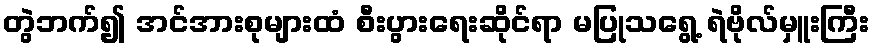
တွဲဘက်၍ အင်အားစုများထံ စီးပွားရေးဆိုင်ရာ မပြုသရွေ့ ရဲဗိုလ်မှူးကြီး